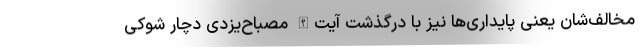
مخالف‌شان یعنی پایداری‌ها نیز با درگذشت آیت‌الله مصباح‌یزدی دچار شوکی